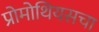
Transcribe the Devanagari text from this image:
प्रोमोथियसचा